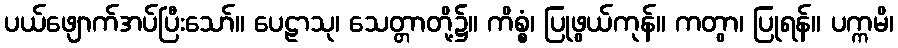
ပယ်ဖျောက်အပ်ပြီးသော်။ ပေဠာသု၊ သေတ္တာတို့၌။ ကိစ္စံ၊ ပြုဖွယ်ကုန်။ ကတွာ၊ ပြုရန်။ ပက္ကမိ၊